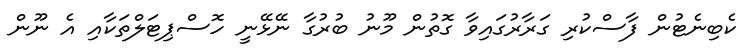
ކެބިނެޓުން ފާސްކުރި ގަރާރުގައިވާ ގޮތުން މޫނު ބުރުގާ ނޭޅޭނީ ހޮސްޕިޓަލްތަކާއި އެ ނޫން